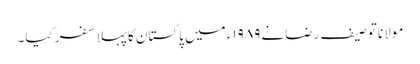
مولانا توصیف رضانے ۱۹۸۹ء میں پاکستان کا پہلا سفر کیا۔